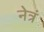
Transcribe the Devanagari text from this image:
नेत्रं